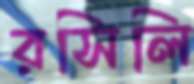
রসিলি